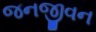
જનજીવન